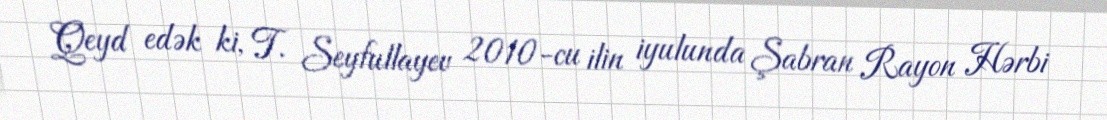
Qeyd edək ki, T. Seyfullayev 2010-cu ilin iyulunda Şabran Rayon Hərbi